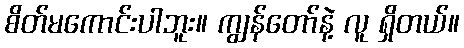
စိတ်မကောင်းပါဘူး။ ကျွန်တော်နဲ့ လူ ရှိတယ်။